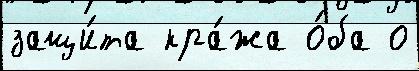
защи́та кра́жа о́ба о